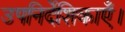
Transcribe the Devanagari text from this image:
उपनिर्देशिकाएँ।